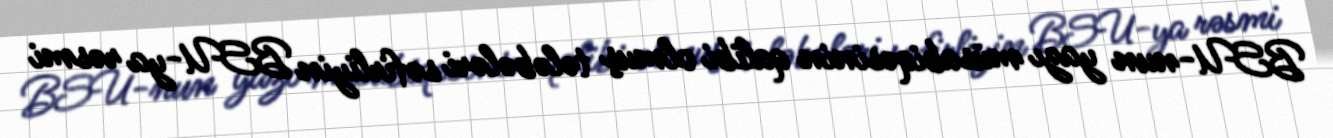
BSU-nun yazı müsabiqəsinin qalibi olmuş tələbələri səfirliyin BSU-ya rəsmi